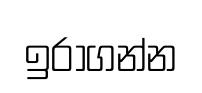
ඉරාගන්න